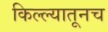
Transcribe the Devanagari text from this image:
किल्ल्यातूनच